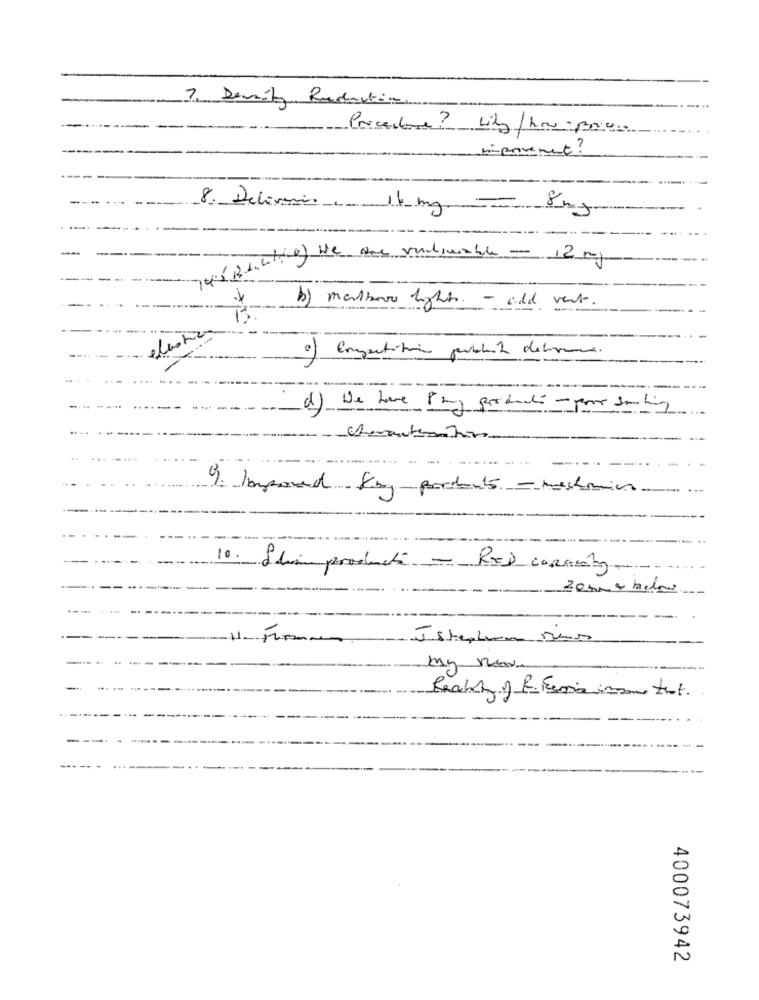
7. Demily Radartin
Procedure? why/hou press
improvement ?
8. Deliveris
16 mg - 8mg
waluto) ve one vidiable = 12 mg
b) malhave light - add vent.
T3
a) Empartition poblado deliverno.
1)
We have Phy products - por samling
-
--.... -......
9. Imposed 8my products - machmin
10. Shin products - RED corAnty.
my new
400073942